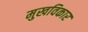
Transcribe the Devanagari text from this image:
मुखविकार